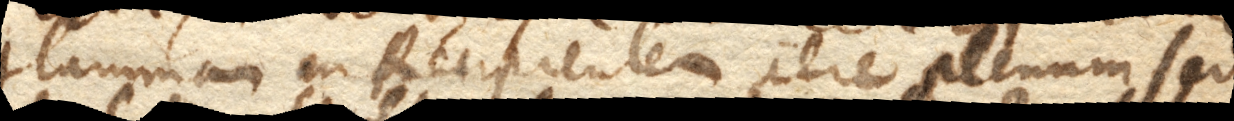
flammam in Recipientem aere plenum, sed